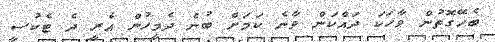
ބެހޭގޮތުން ވާހަކަ ދައްކަން ވާނެ ކަމަށް ބުނެ ދެމީހުން އެރީ ދެ ޓެކުސީ